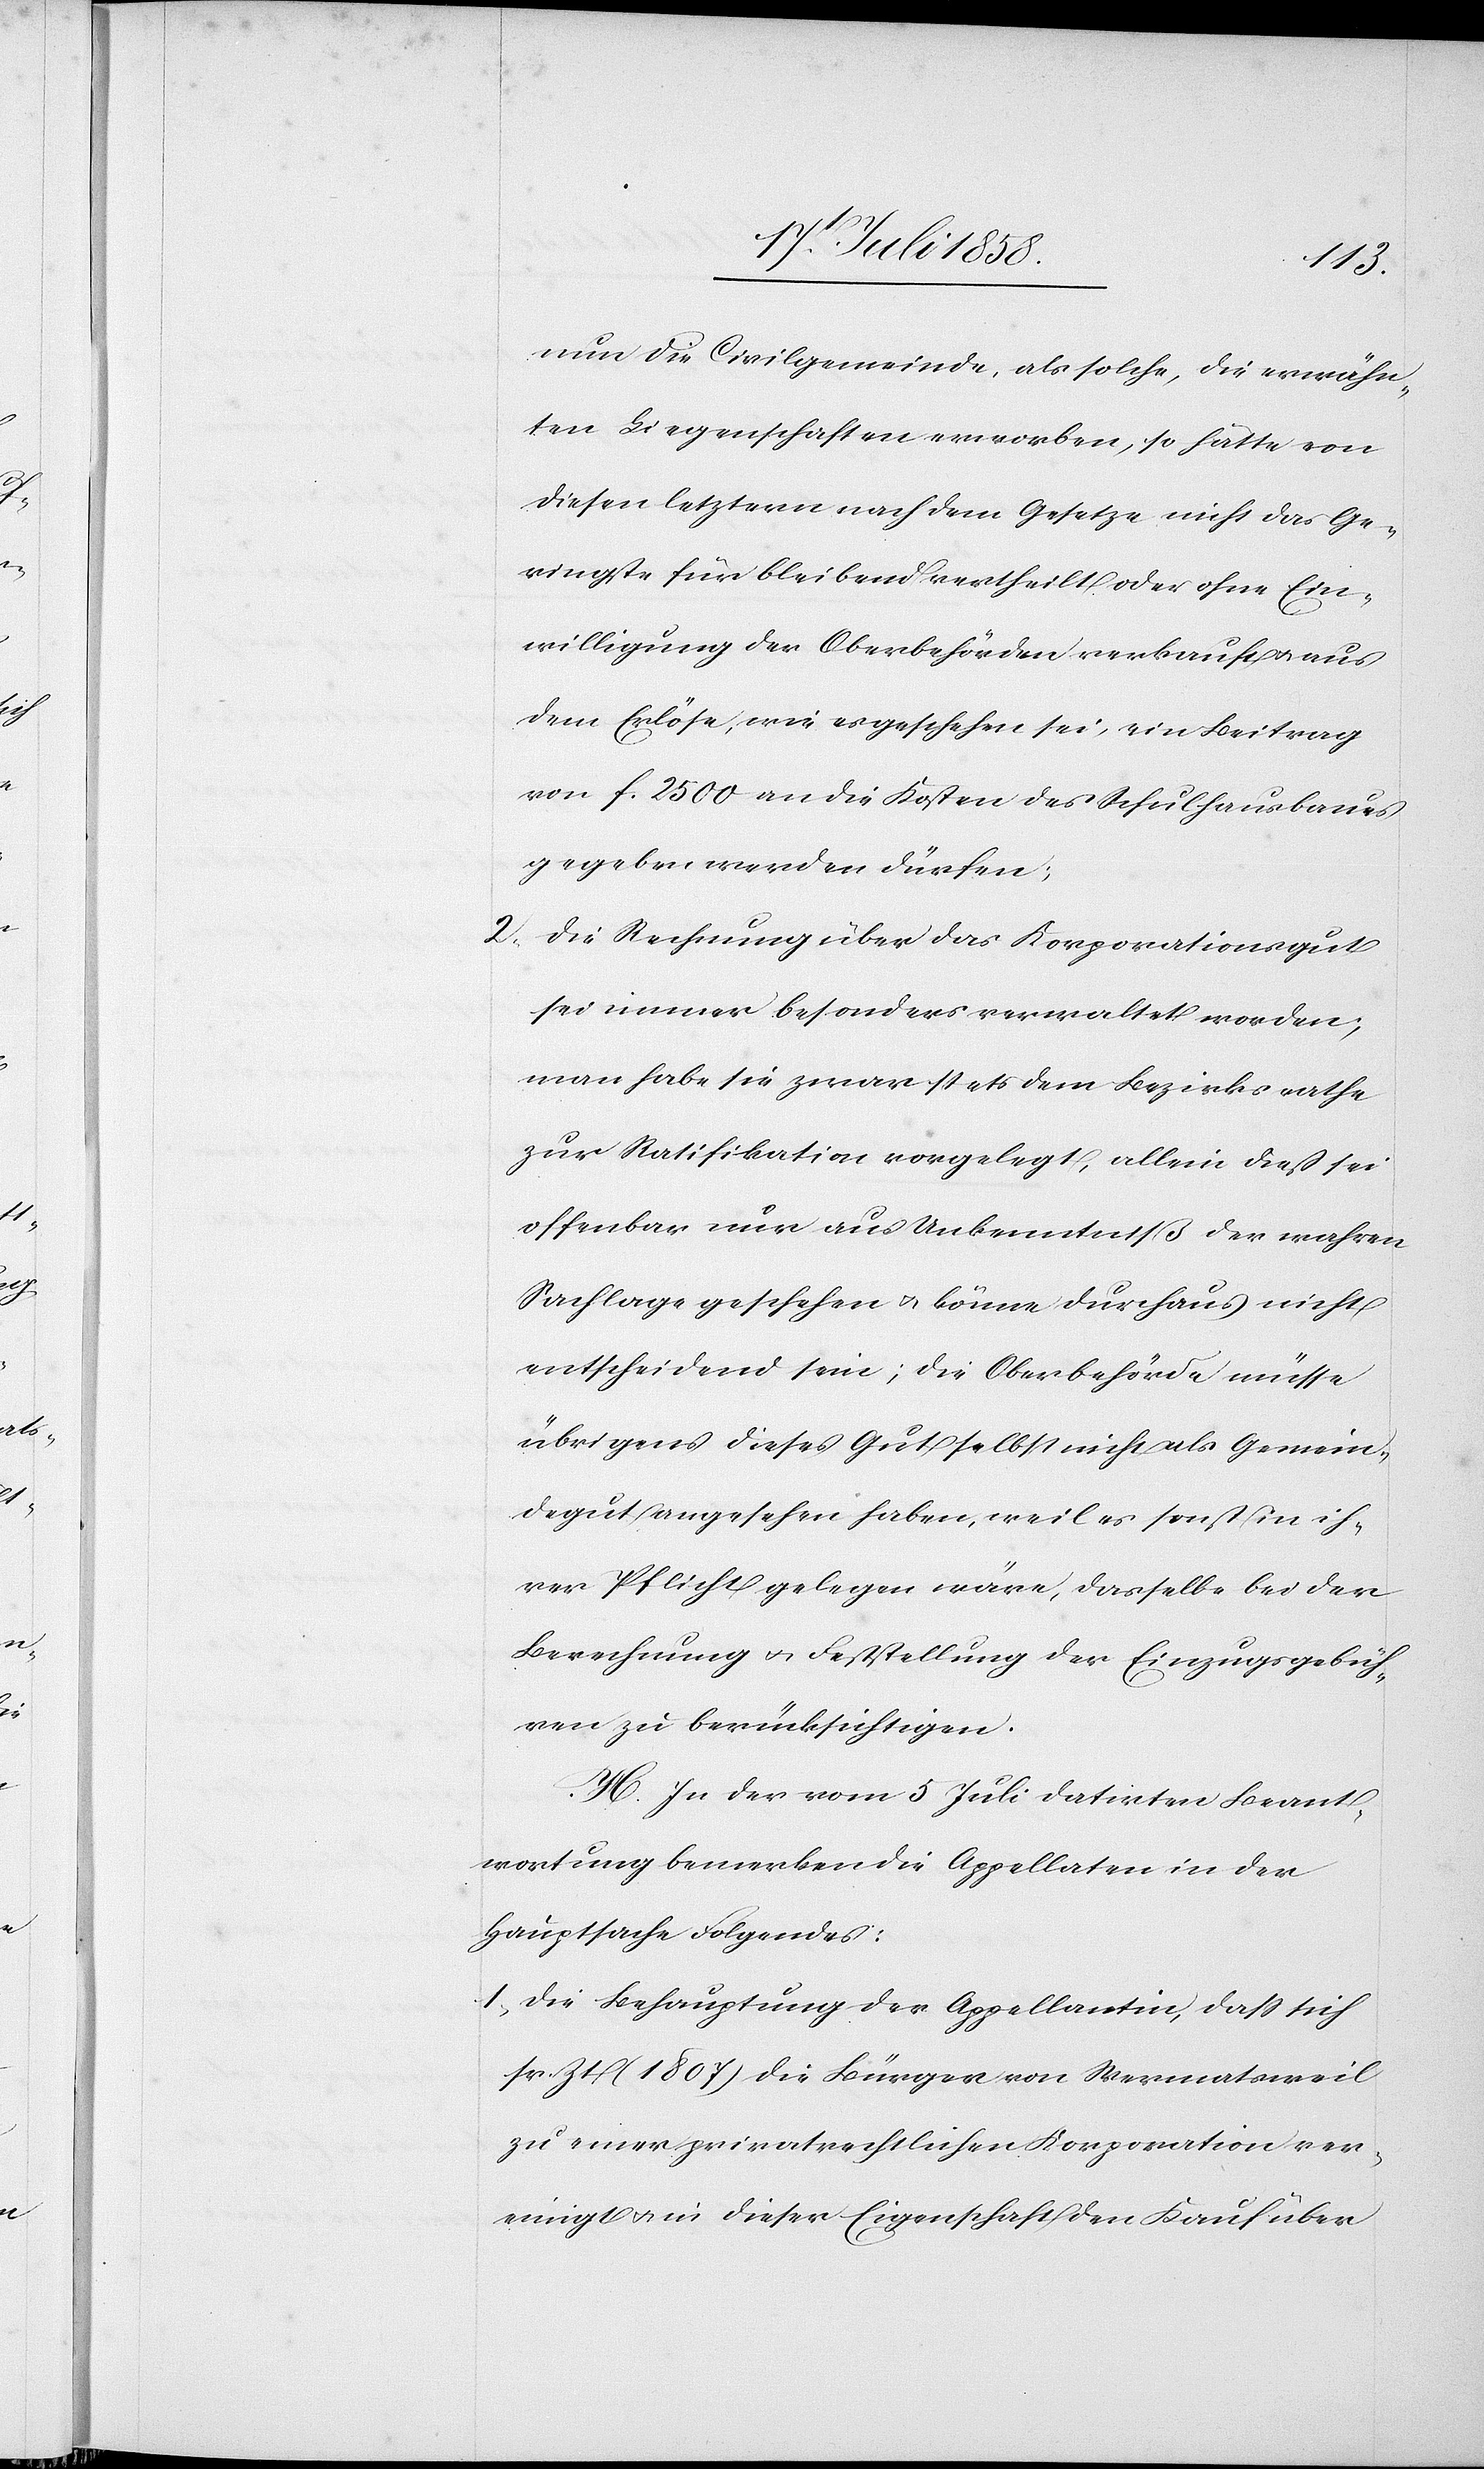
nun die Civilgemeinde, als solche, die erwähn¬
ten Liegenschaften erworben, so hätte von
diesen letztern nach dem Gesetze nicht das Ge¬
ringste für bleibend vertheilt oder ohne Ein¬
willigung der Oberbehörden verkauft & aus
dem Erlöse, wie es geschehen sei, ein Beitrag
von f. 2500 an die Kosten des Schulhausbaues
gegeben werden dürfen;
Die Rechnung über das Korporationsgut
sei immer besonders verwaltet worden;
man habe sie zwar stets dem Bezirksrathe
zur Ratifikation vorgelegt, allein dieß sei
offenbar nur aus Unkenntniß der wahren
Sachlage geschehen & könne durchaus nicht
entscheidend sein; die Oberbehörde müsse
übrigens dieses Gut selbst nicht als Gemein¬
degut angesehen haben, weil es sonst in ih¬
rer Pflicht gelegen wäre, dasselbe bei der
Berechnung & Feststellung der Einzugsgebüh¬
ren zu berücksichtigen.
H. In der vom 5 Juli datirten Beant¬
wortung bemerken die Appellaten in der
Hauptsache Folgendes:
Die Behauptung der Appellantin, dass sich
sr. Zt. (1807) die Bürger von Wermatsweil
zu einer privatrechtlichen Korporation ver¬
einigt & in dieser Eigenschaft den Kauf über